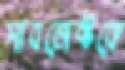
সাবজেক্টকে